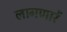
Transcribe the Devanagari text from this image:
लागणारें